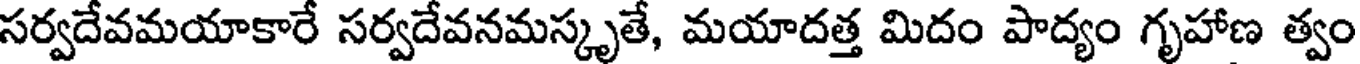
సర్వదేవమయాకారే సర్వదేవనమస్కృతే, మయాదత్త మిదం పాద్యం గృహాణ త్వం